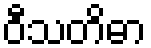
ဝီသတိဓာ